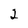
Character: 2